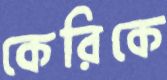
কেরিকে